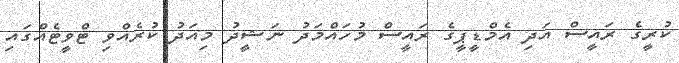
ކުރީގެ ރައީސް އަދި އެމްޑީޕީގެ ރައީސް މުހައްމަދު ނަޝީދު މިއަދު ކުރެއްވި ޓްވީޓެއްގައި